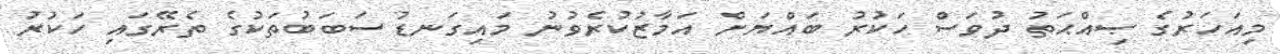
މިއަހަރުގެ ޞިއްޙަތު ދުވަސް ހަކުރު ބައްޔަށް އަމާޒުކުރެވުނު މައިގަނޑު ސަބަބުތަކުގެ ތެރޭގައި ހަކުރު